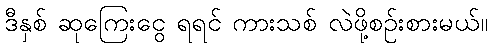
ဒီနှစ် ဆုကြေးငွေ ရရင် ကားသစ် လဲဖို့စဉ်းစားမယ်။